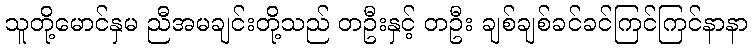
သူတို့မောင်နှမ ညီအမချင်းတို့သည် တဦးနှင့် တဦး ချစ်ချစ်ခင်ခင်ကြင်ကြင်နာနာ